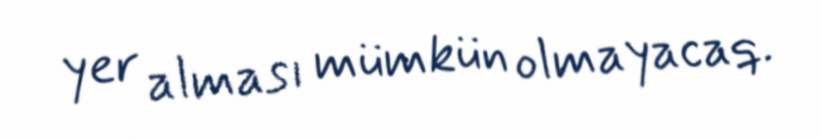
yer alması mümkün olmayacaq.